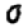
Digit: 0